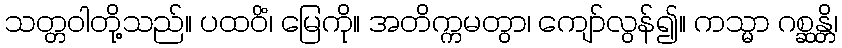
သတ္တဝါတို့သည်။ ပထဝိံ၊ မြေကို။ အတိက္ကမတွာ၊ ကျော်လွန်၍။ ကသ္မာ ဂစ္ဆန္တိ၊